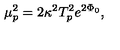
\mu _ { p } ^ { 2 } = 2 \kappa ^ { 2 } T _ { p } ^ { 2 } e ^ { 2 \Phi _ { 0 } } ,